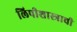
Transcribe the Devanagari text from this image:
लिपीशास्त्राची